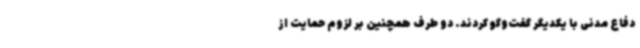
دفاع مدنی با یکدیگر گفت‌وگو کردند. دو طرف همچنین بر لزوم حمایت از